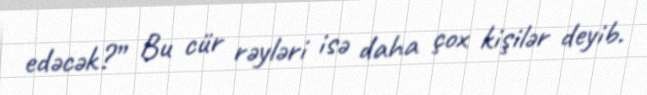
edəcək?” Bu cür rəyləri isə daha çox kişilər deyib.